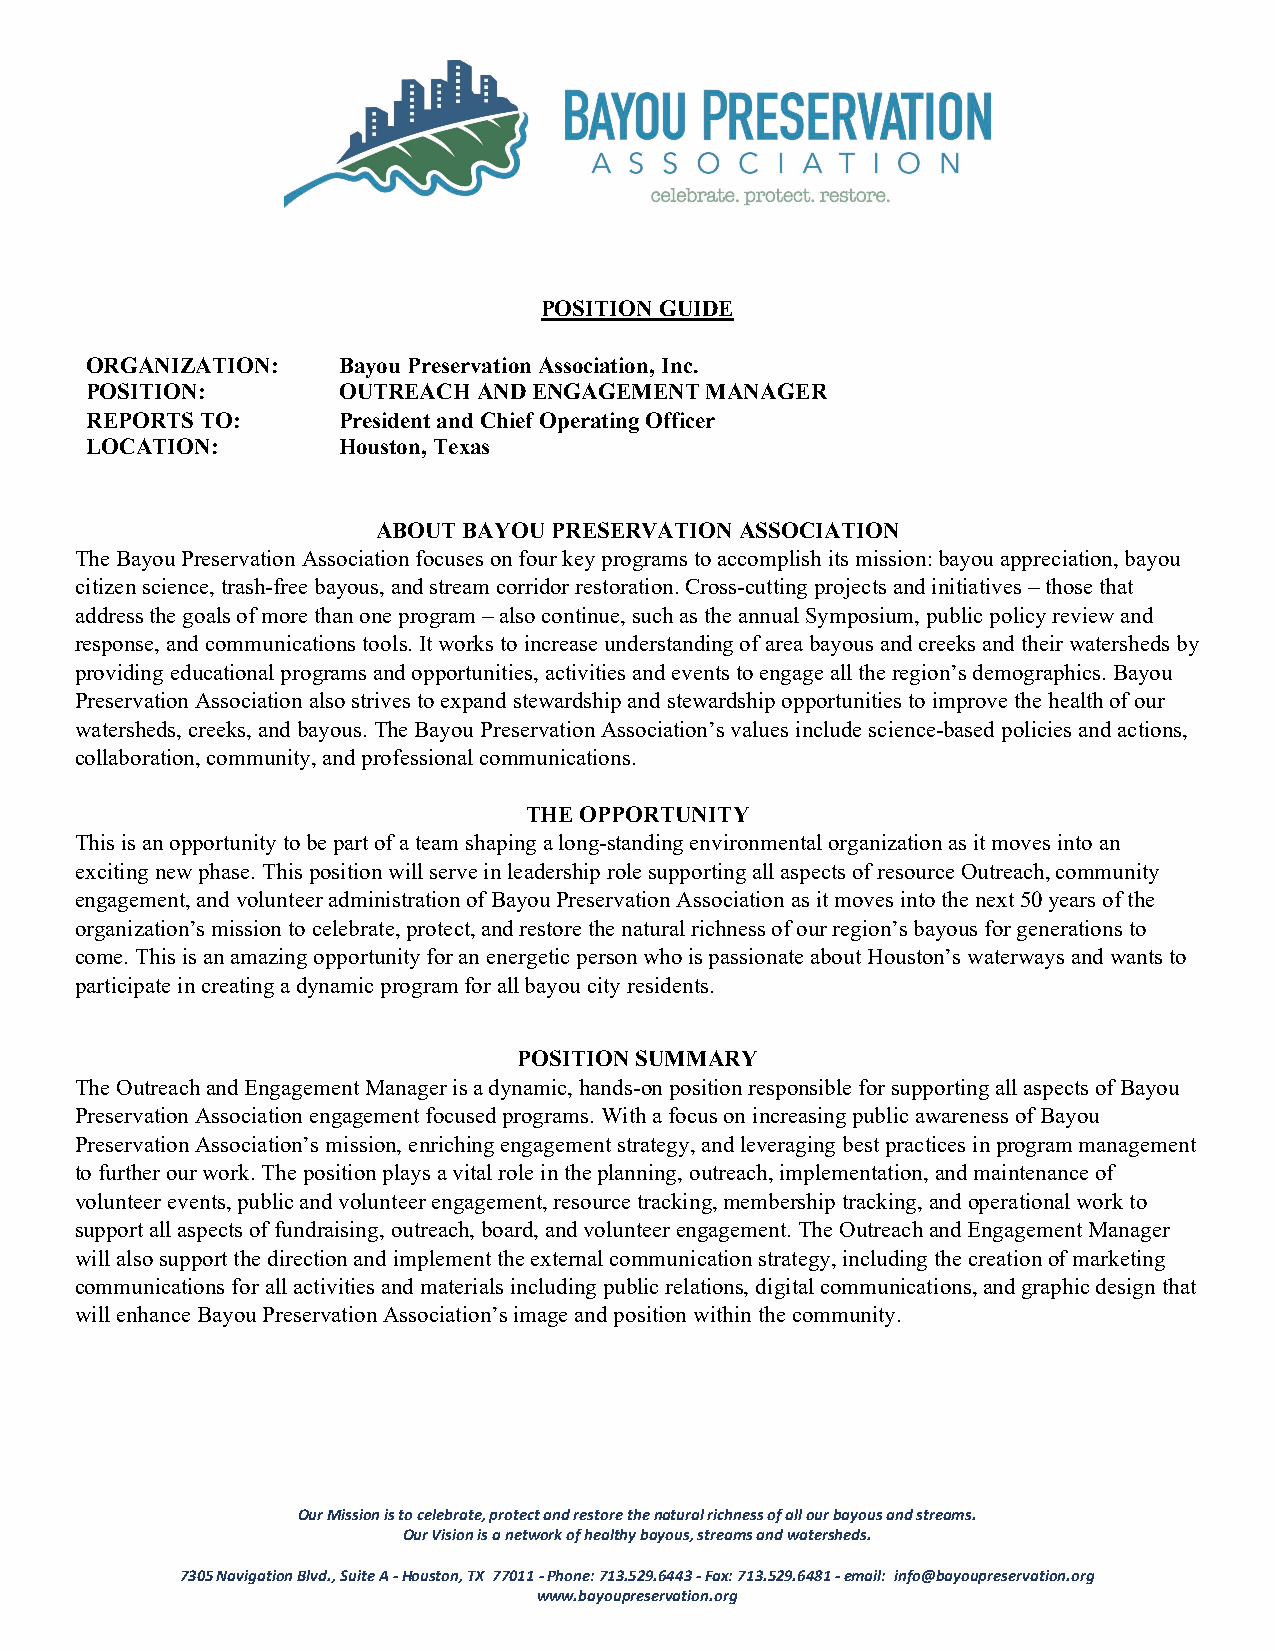
POSITION GUIDE
 ORGANIZATION:   Bayou Preservation Association, Inc.
 POSITION:       OUTREACH  AND ENGAGEMENT MANAGER
 REPORTS TO:     President and Chief Operating Officer
 LOCATION:       Houston, Texas
 ABOUT BAYOU PRESERVATION ASSOCIATION
 The Bayou Preservation Association focuses on four key programs to accomplish its mission: bayou appreciation, bayou
 citizen science, trash-free bayous, and stream corridor restoration. Cross-cutting projects and initiatives – those that
 address the goals of more than one program – also continue, such as the annual Symposium, public policy review and
 response, and communications tools. It works to increase understanding of area bayous and creeks and their watersheds by
 providing educational programs and opportunities, activities and events to engage all the region’s demographics. Bayou
 Preservation Association also strives to expand stewardship and stewardship opportunities to improve the health of our
 watersheds, creeks, and bayous. The Bayou Preservation Association’s values include science-based policies and actions,
 collaboration, community, and professional communications.
 THE OPPORTUNITY
 This is an opportunity to be part of a team shaping a long-standing environmental organization as it moves into an
 exciting new phase. This position will serve in leadership role supporting all aspects of resource Outreach, community
 engagement, and volunteer administration of Bayou Preservation Association as it moves into the next 50 years of the
 organization’s mission to celebrate, protect, and restore the natural richness of our region’s bayous for generations to
 come. This is an amazing opportunity for an energetic person who is passionate about Houston’s waterways and wants to
 participate in creating a dynamic program for all bayou city residents.
 POSITION SUMMARY
 The Outreach and Engagement Manager is a dynamic, hands-on position responsible for supporting all aspects of Bayou
 Preservation Association engagement focused programs. With a focus on increasing public awareness of Bayou
 Preservation Association’s mission, enriching engagement strategy, and leveraging best practices in program management
 to further our work. The position plays a vital role in the planning, outreach, implementation, and maintenance of
 volunteer events, public and volunteer engagement, resource tracking, membership tracking, and operational work to
 support all aspects of fundraising, outreach, board, and volunteer engagement. The Outreach and Engagement Manager
 will also support the direction and implement the external communication strategy, including the creation of marketing
 communications for all activities and materials including public relations, digital communications, and graphic design that
 will enhance Bayou Preservation Association’s image and position within the community.
 Our Mission is to celebrate, protect and restore the natural richness of all our bayous and streams.
 Our Vision is a network of healthy bayous, streams and watersheds.
 7305 Navigation Blvd., Suite A - Houston, TX 77011 - Phone: 713.529.6443 - Fax: 713.529.6481 - email: info@bayoupreservation.org
 www.bayoupreservation.org